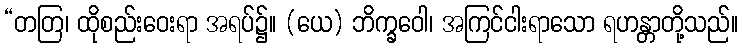
“တတြ၊ ထိုစည်းဝေးရာ အရပ်၌။ (ယေ) ဘိက္ခဝေါ၊ အကြင်ငါးရာသော ရဟန္တာတို့သည်။